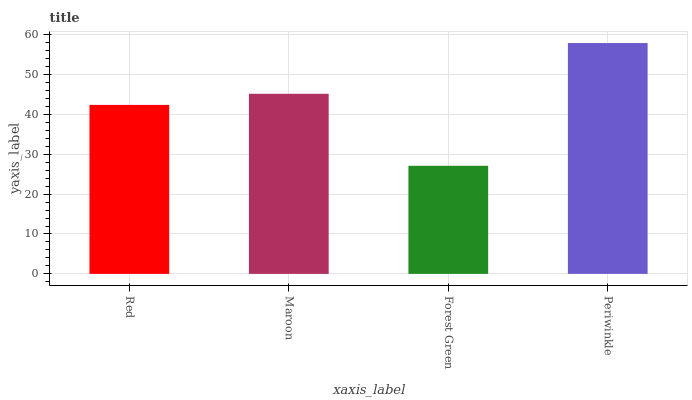
| xaxis_label | bars |
 | --- | --- |
 | Red | 42.4 |
 | Maroon | 45.1 |
 | Forest Green | 27.1 |
 | Periwinkle | 57.9 |